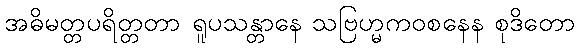
အဓိမတ္တပရိတ္တတာ ရူပသန္တာနေ သဗြဟ္မကဝစနေန စုဒိတော